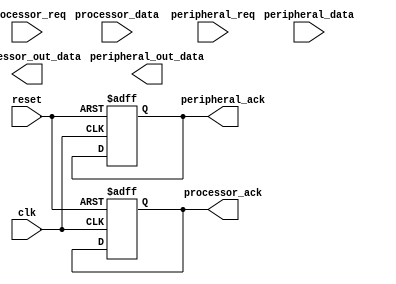
module timing_control_and_sync (
   input wire clk,
   input wire reset,
   // Define input/output ports for processor
   input wire processor_req,
   input wire [31:0] processor_data,
   output reg processor_ack,
   output reg [31:0] processor_out_data,
   // Define input/output ports for peripherals
   input wire peripheral_req,
   input wire [31:0] peripheral_data,
   output reg peripheral_ack,
   output reg [31:0] peripheral_out_data
);

// Define internal signals
reg [1:0] state;
reg [1:0] data_transfer_state;

// State machine for timing control
always @ (posedge clk or posedge reset) begin
    if (reset) begin
        state <= 2'b00;
        data_transfer_state <= 2'b00;
        processor_ack <= 1'b0;
        peripheral_ack <= 1'b0;
    end
    else begin
        case (state)
            2'b00: begin
                // Generate clock signals for processor and peripherals
                // Manage data transfer timings
                state <= 2'b01; // Move to next state
            end
            2'b01: begin
                // More logic for timing control
                state <= 2'b10; // Move to next state
            end
            2'b10: begin
                // More logic for timing control
                state <= 2'b00; // Reset back to initial state
            end
        endcase
    end
end

// Synchronization logic for read and write operations
always @ (posedge clk or posedge reset) begin
    if (reset) begin
        // Reset synchronization logic
    end
    else begin
        case (data_transfer_state)
            2'b00: begin
                // Check for processor or peripheral request
                // Align read/write operations with clock cycles
                data_transfer_state <= 2'b01; // Move to next state
            end
            2'b01: begin
                // More synchronization logic
                data_transfer_state <= 2'b00; // Reset back to initial state
            end
        endcase
    end
end

endmodule